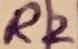
Text: R2